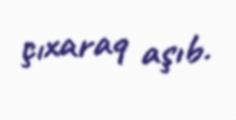
çıxaraq aşıb.